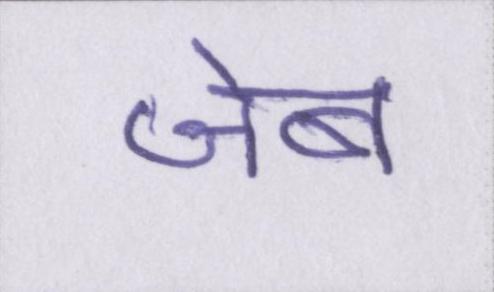
जेब